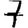
Digit: 7